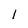
Character: l